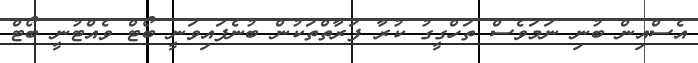
އެސްއިން ބުނި ނަމަވެސް ތަހްގީގު ކުރާ ފަރާތްތަކުން ބުނެފައިވަނީ ބޯޓް ވެއްޓުނީ ބޯޓް